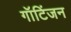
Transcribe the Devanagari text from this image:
गॉटिंजन